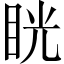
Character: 𥆄